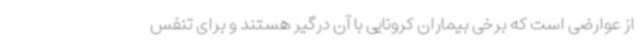
از عوارضی است که برخی بیماران کرونایی با آن درگیر هستند و برای تنفس